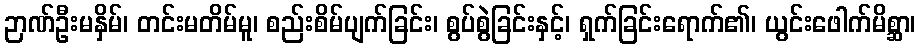
ဉာဏ်ဦးမနှိမ်၊ တင်းမတိမ်မူ၊ စည်းစိမ်ပျက်ခြင်း၊ စွပ်စွဲခြင်းနှင့်၊ ရှက်ခြင်းရောက်၏၊ ယွင်းဖေါက်မိစ္ဆာ၊